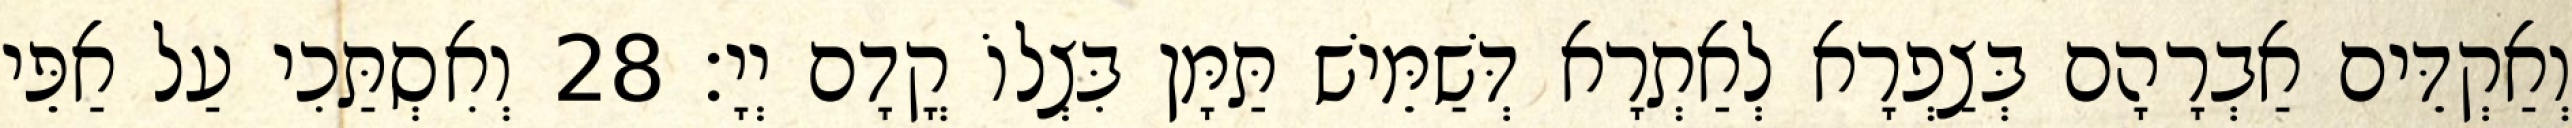
וְאַקְדֵּים אַבְרָהָם בְּצַפְרָא לְאַתְרָא דְּשַׁמֵּישׁ תַּמָּן בִּצְלוֹ קֳדָם יְיָ׃ 28 וְאִסְתַּכִי עַל אַפֵּי